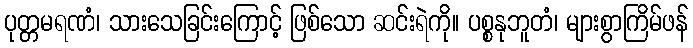
ပုတ္တမရဏံ၊ သားသေခြင်းကြောင့် ဖြစ်သော ဆင်းရဲကို။ ပစ္စနုဘူတံ၊ များစွာကြိမ်ဖန်